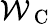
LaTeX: \mathcal{W}_{\mathrm{~C~}}